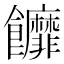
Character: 䭩